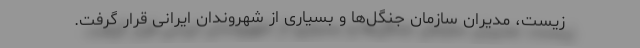
زیست، مدیران سازمان جنگل‌ها و بسیاری از شهروندان ایرانی قرار گرفت.